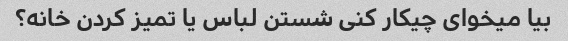
بیا میخوای چیکار کنی شستن لباس یا تمیز کردن خانه؟